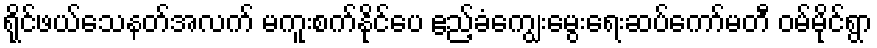
ရိုင်ဖယ်သေနတ်အလက် မကူးစက်နိုင်ပေ ဧည့်ခံကျွေးမွေးရေးဆပ်ကော်မတီ ဝမ်မိုင်ရွာ